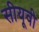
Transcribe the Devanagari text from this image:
सीयूवी